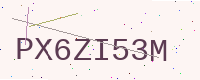
Text: PX6ZI53M